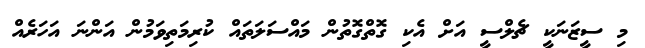
މި ސީޒަނަކީ ޗެލްސީ އަށް އެކި ގޮތްގޮތުން މައްސަލަތައް ކުރިމަތިވަމުން އަންނަ އަހަރެއް